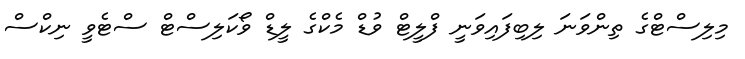
މިލިސްޓްގެ ތިންވަނަ ލިބިފައިވަނީ ފްލީޓް ވުޑް މެކްގެ ލީޑް ވޯކަލިސްޓް ސްޓެވީ ނިކްސް